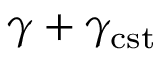
\gamma + \gamma _ { \mathrm { c s t } }